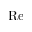
\mathrm { R e }